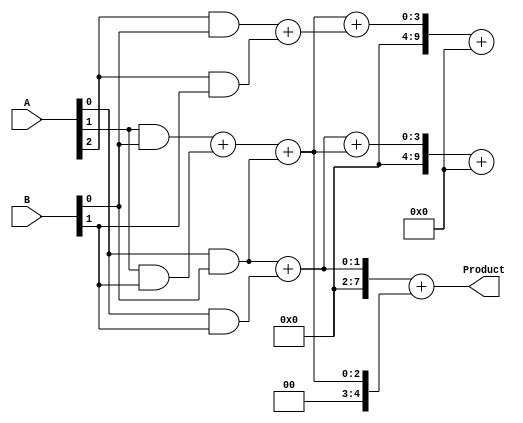
module WallaceTreeMultiplier #(parameter N = 4) (
    input [N-1:0] A,
    input [N-1:0] B,
    output [2*N-1:0] Product
);
    // Partial products
    wire [N-1:0] pp [0:N-1]; // Partial products
    genvar i, j;

    // Generate Partial Products
    generate
        for (i = 0; i < N; i = i + 1) begin : pp_gen
            for (j = 0; j < N; j = j + 1) begin : pp_bit
                assign pp[i][j] = A[i] & B[j];
            end
        end
    endgenerate

    // Reduction tree
    wire [N:0] sum [0:N-1]; // Sums at each level
    wire [N:0] carry [0:N-1]; // Carries at each level

    // Level 1 reduction
    generate
        for (i = 0; i < N-1; i = i + 1) begin : level1
            if (i % 2 == 0) begin
                assign {carry[i], sum[i]} = pp[i][0] + pp[i][1]; // Half adder
            end else begin
                assign {carry[i], sum[i]} = pp[i][0] + pp[i][1] + pp[i-1][0]; // Full adder
            end
        end
    endgenerate

    // Further levels of reduction
    genvar l;
    for (l = 2; l < N; l = l + 1) begin : reduction
        for (i = 0; i < N-l; i = i + 1) begin : level
            assign {carry[i], sum[i]} = sum[i] + sum[i+1] + carry[i]; // Full adder
        end
    end

    // Final summation
    assign Product = {carry[0], sum[0]} + {1'b0, sum[1]}; // Final addition

endmodule